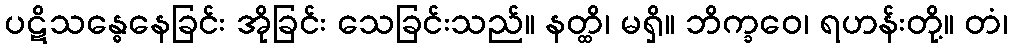
ပဋိသန္ဓေနေခြင်း အိုခြင်း သေခြင်းသည်။ နတ္ထိ၊ မရှိ။ ဘိက္ခဝေ၊ ရဟန်းတို့။ တံ၊